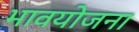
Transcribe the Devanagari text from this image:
भावयोजना